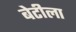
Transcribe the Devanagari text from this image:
बेटीला